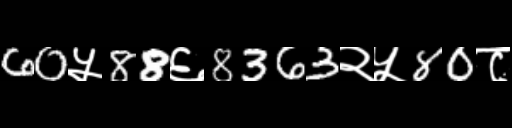
Text: 60५88६8363२५80८